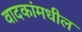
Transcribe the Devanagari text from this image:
वादकांमधील